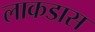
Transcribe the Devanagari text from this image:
लाकडास